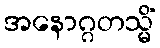
အနောဂ္ဂတသ္မိံ